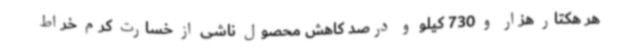
هر هکتار هزار و 730 کیلو و درصد کاهش محصول ناشی از خسارت کرم خراط